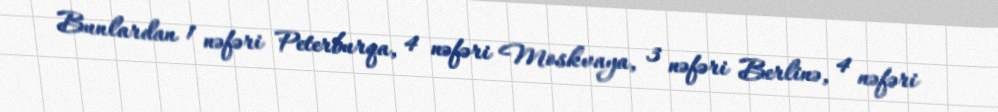
Bunlardan 1 nəfəri Peterburqa, 4 nəfəri Moskvaya, 3 nəfəri Berlinə, 4 nəfəri